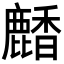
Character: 𪋒